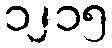
၁၂၁၅